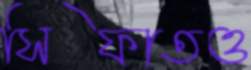
সিফাতও